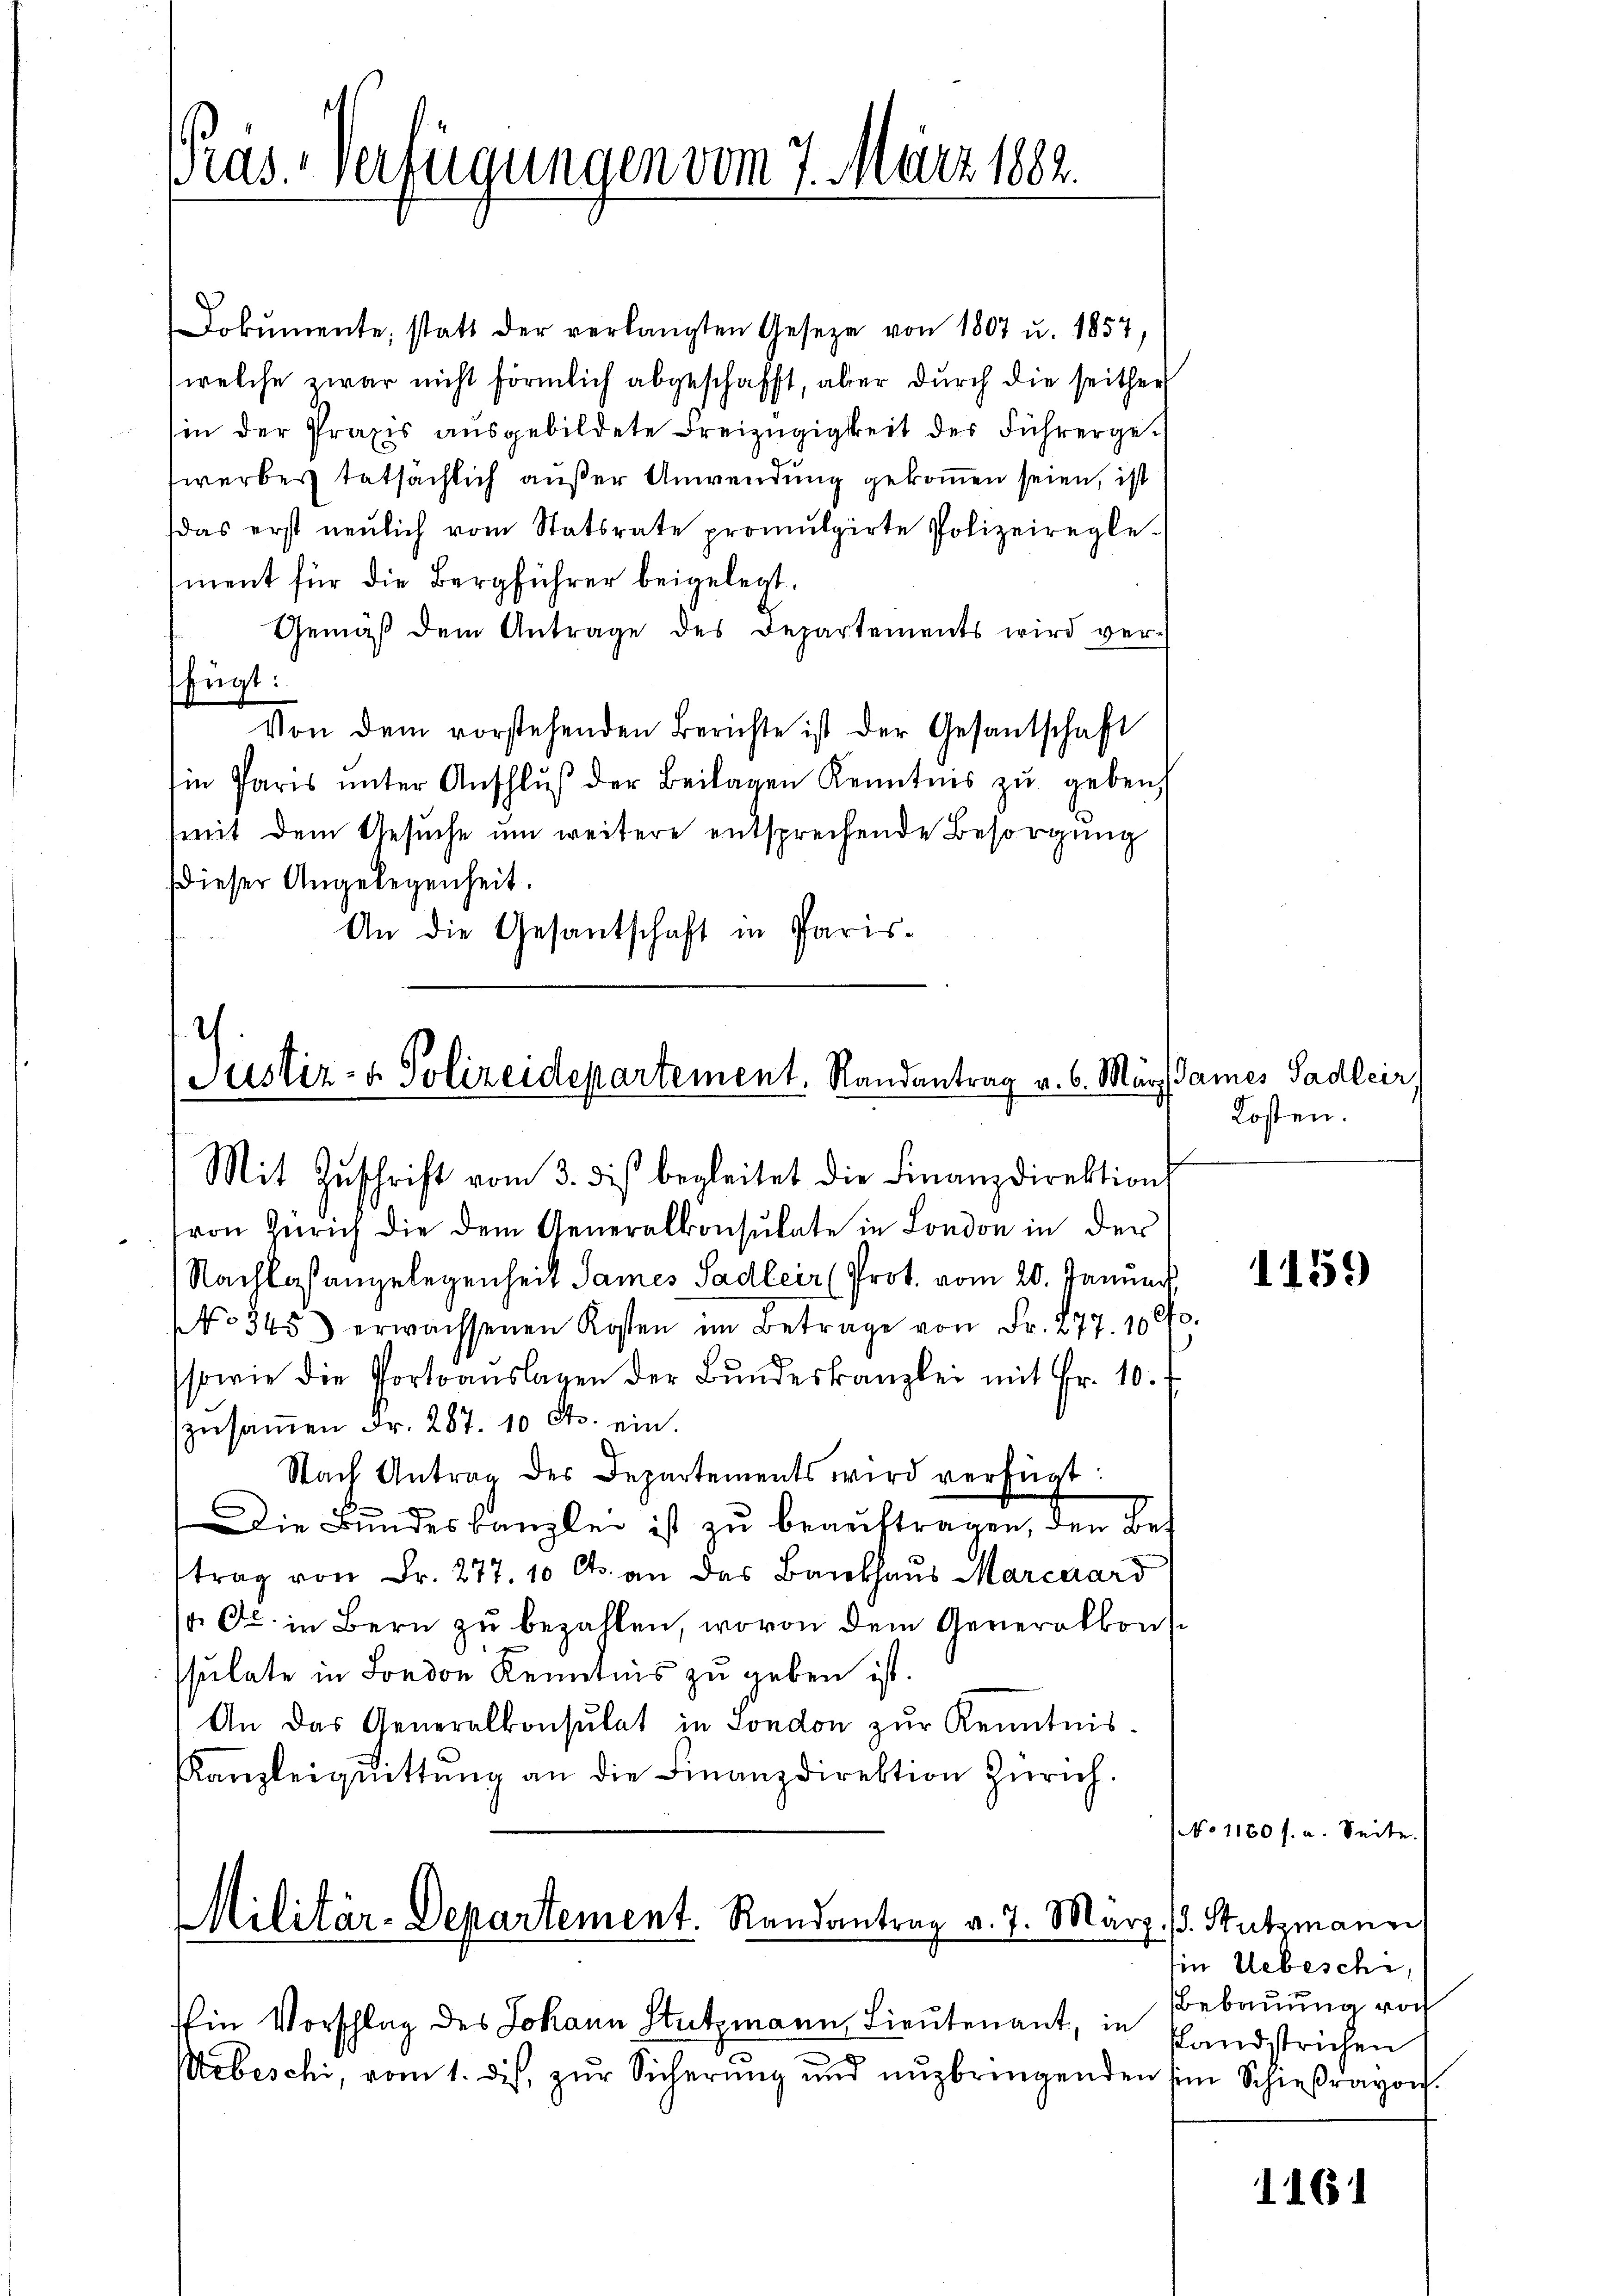
Pras. Verfügungen vom 7. März 1882.

Dokumente, statt der verlangten Gesetze von 1807 u. 1857,
welche zwar nicht förmlich abgeschafft, aber durch die seither
in der Praxis ausgebildete Freizügigkeit des Führergewerbes tatsächlich außer Anwendung gekommen seien, ist
das erst neulich vom Statsrate promulgirte Polizeiregle-
ment für die Bergführer beigelegt.
Gemäβ dem Antrage des Departements wird ver-
fügt:
Von dem vorstehenden Berichte ist der Gesantschaft
in Paris ŭnter Anschlŭβ der Beilagen Kenntnis zŭ geben.
mit dem Gesuche um weitere entsprechende Besorgung
dieser Angelegenheit.
An die Gesantschaft in Paris¬

Justiz- & Polizeidepartement. Randantrag v. 6. März damnes Sadler,
Mit Zŭschrift vom 3. des begleitet die Finanzdirektion

sowie die Portoauslagen der Bŭndeskanzlei mit Fr. 10.
zŭsaṁen Fr. 287. 10 Cts. ein.
Nach Antrag des Departements wird verfügt:
Die Bundeskanzlei ist zu beauftragen, den Bet
trag von Fr. 277. 10 Cts. an das Bankhaus Marcerard
 Oc. in Bern zu bezahlen, wovon dem Generalkonsssulate in London Kenntnis zu geben ist.
An das Generalkonsulat in London zŭr Kenntnis-
KKanzleiqŭittŭng an die Finanzdirektion Zürich.

von Zürich die dem Generalkonsulate in London in der
Nachlaßangelegenheit James Sadler (Prot. vom 20. Januar,
NNo 345) erwachsenen Kosten im Betrage von Fr. 277. 1000.

Militär-Departement. Randantrag v. 7. März d. Stutzmann

Ein Vorschlag des Johann Stutzmann, Lieutenant, in
Mebeschi, vom 1. dies, zur Sicherung und nuzbringenden sein Schießravon.

Kosten.

NNo 1150 s. a. Seite.

1459)

in Uebeschi,
Bebauung vorh
slandstrichen

1161